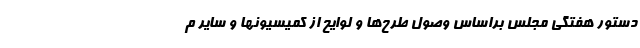
دستور هفتگی مجلس براساس وصول طرح‌ها و لوایح از کمیسیونها و سایر م